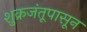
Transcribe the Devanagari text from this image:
शुक्रजंतूपासून